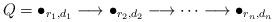
LaTeX: \begin{align*}Q = \bullet_{r_1,d_1} \longrightarrow \bullet_{r_2,d_2}\longrightarrow\cdots\longrightarrow \bullet_{r_n,d_n}\end{align*}